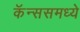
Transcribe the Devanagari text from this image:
कॅन्ससमध्ये